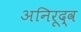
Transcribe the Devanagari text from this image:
अनिरूद्व